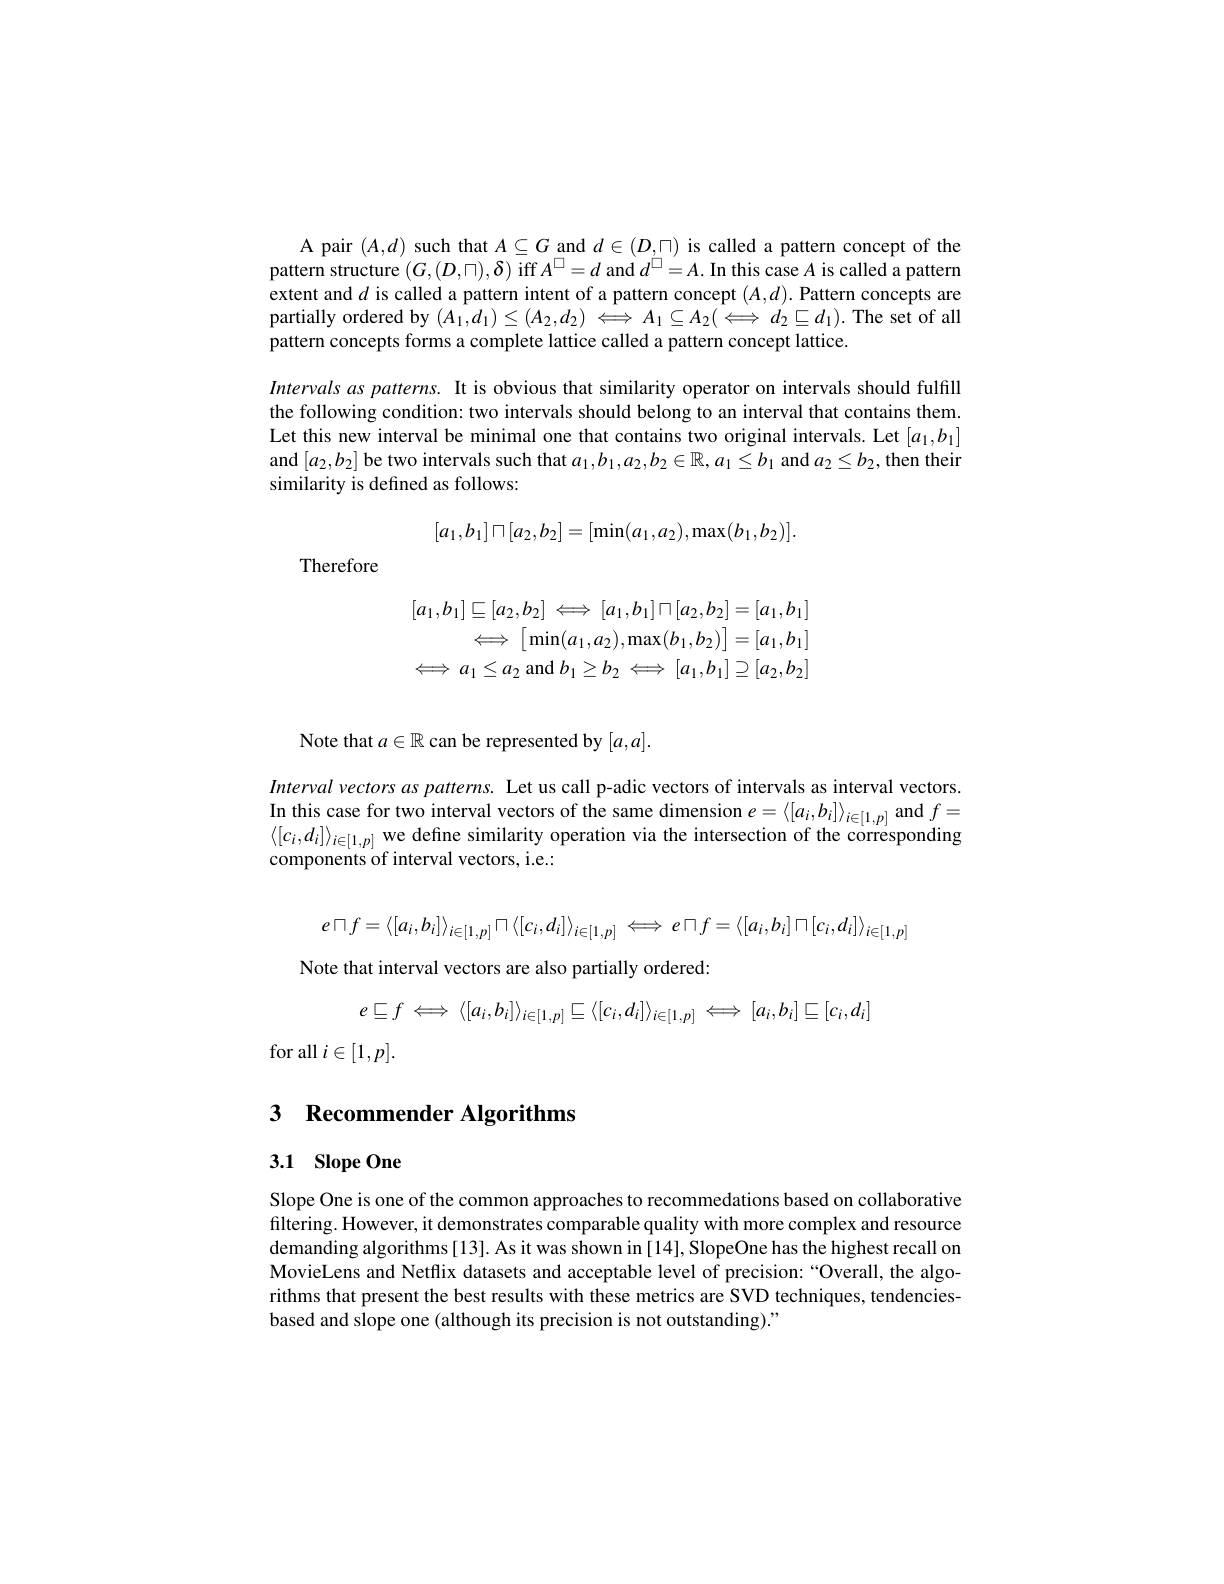
A pair $(A,d)$ such that $A\subseteq$ pattern structure $(G,(D,\sqcap)$, extent and $d$ is called a pattern intent of a pattern concept $(A,d).$ Pattern concepts are partially ordered by $(A_{1},d_{1})\leq(A_{2},d_{2})\stackrel{\iff}{\iff}A_{1}\subseteq A_{2}(\Longleftrightarrow d_{2}\sqsubseteq d_{1}).$The set of all pattern concepts forms a complete lattice called a pattern concept lattice.
Intervals as patterns. It is obvious that similarity operator on intervals should fulfill the following condition: two intervals should belong to an interval that contains them. Let this new interval be minimal one that contains two original intervals. Let $[a_1,b_1]$ and $[a_2,b_2]$ be two intervals such that $a_1,b_1,a_2,b_2\in\mathbb{R},a_1\leq b_1$ and $a_2\leq b_2$,then their similarity is defined as follows:
$$[a_1,b_1]\sqcap[a_2,b_2]=[\min(a_1,a_2),\max(b_1,b_2)].$$
Therefore
$$\begin{aligned}&[a_{1},b_{1}]\subseteq[a_{2},b_{2}]\iff[a_{1},b_{1}]\sqcap[a_{2},b_{2}]=[a_{1},b_{1}]\\&\iff\left[\min(a_{1},a_{2}),\max(b_{1},b_{2})\right]=[a_{1},b_{1}]\\&\iff a_{1}\leq a_{2}\mathrm{~and~}b_{1}\geq b_{2}\iff[a_{1},b_{1}]\supseteq[a_{2},b_{2}]\end{aligned}$$
Note that $a\in\mathbb{R}$ can be represented by $[a,a].$

Interval vectors as patterns. Let us call p-adic vectors of intervals as interval vectors In this case for two interval vectors of the same dimension $e=\langle[a_i,b_i]\rangle_{i\in[1,p]}$ and $f=$ $\langle[c_i,d_i]\rangle_{i\in[1,p]}$ we define similarity operation via the intersection of the corresponding components of interval vectors, i.e.
$$e\sqcap f=\langle[a_i,b_i]\rangle_{i\in[1,p]}\sqcap\langle[c_i,d_i]\rangle_{i\in[1,p]}\iff e\sqcap f=\langle[a_i,b_i]\sqcap[c_i,d_i]\rangle_{i\in[1,p]}$$
Note that interval vectors are also partially ordered:
$$e\sqsubseteq f\iff\langle[a_i,b_i]\rangle_{i\in[1,p]}\sqsubseteq\langle[c_i,d_i]\rangle_{i\in[1,p]}\iff[a_i,b_i]\sqsubseteq[c_i,d_i]$$
for all $i\in[1,p].$

# 3 Recommender Algorithms

3.1 Slope One

Slope One is one of the common approaches to recommedations based on collaborative filtering. However, it demonstrates comparable quality with more complex and resource demanding algorithms[13]. As it was shown in[14], SlopeOne has the highest recall on MovieLens and Netflix datasets and acceptable level of precision:“Overall, the algorithms that present the best results with these metrics are SVD techniques, tendenciesbased and slope one (although its precision is not outstanding)."